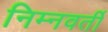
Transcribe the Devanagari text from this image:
निम्नवर्ती